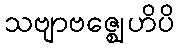
သဗျာဗဇ္ဈေဟိပိ